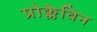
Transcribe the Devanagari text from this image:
प्रोक्लेविन